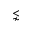
\lnsim